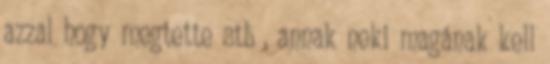
azzal hogy megtette stb , annak neki magának kell